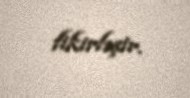
fikirləşir.